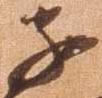
子